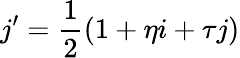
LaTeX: j^{\prime}={\frac{1}{2}}(1+\eta i+\tau j)